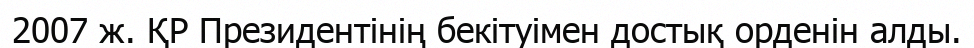
2007 ж. ҚР Президентінің бекітуімен достық орденін алды.